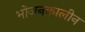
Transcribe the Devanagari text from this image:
भोजनकालीन